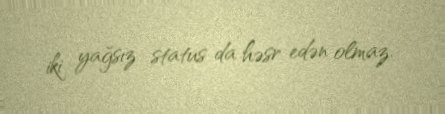
iki yağsız status da həsr edən olmaz.